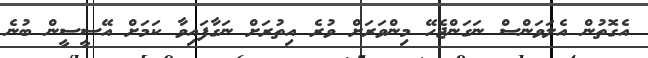
އެގޮތުން އެލަވަންސް ނަގަންޖެހޭ މިންވަރަށް ވުރެ އިތުރަށް ނަގާފައިވާ ކަމަށް އޭސީސީން ބުނެ